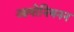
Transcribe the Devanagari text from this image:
आयोनियनन